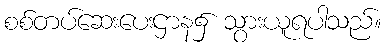
စစ်တပ်ဆေးပေးဌာန၌ သွားယူရပါသည်။